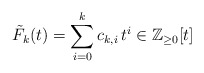
\begin{align*}\tilde{F}_k(t) = \sum_{i=0}^k c_{k,i} \, t^i \in \mathbb{Z}_{\geq0}[t]\end{align*}